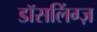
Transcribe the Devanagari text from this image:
डॉसलिंग्ज़